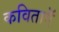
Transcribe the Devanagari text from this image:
कविताऍ